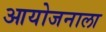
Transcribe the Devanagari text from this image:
आयोजनाला